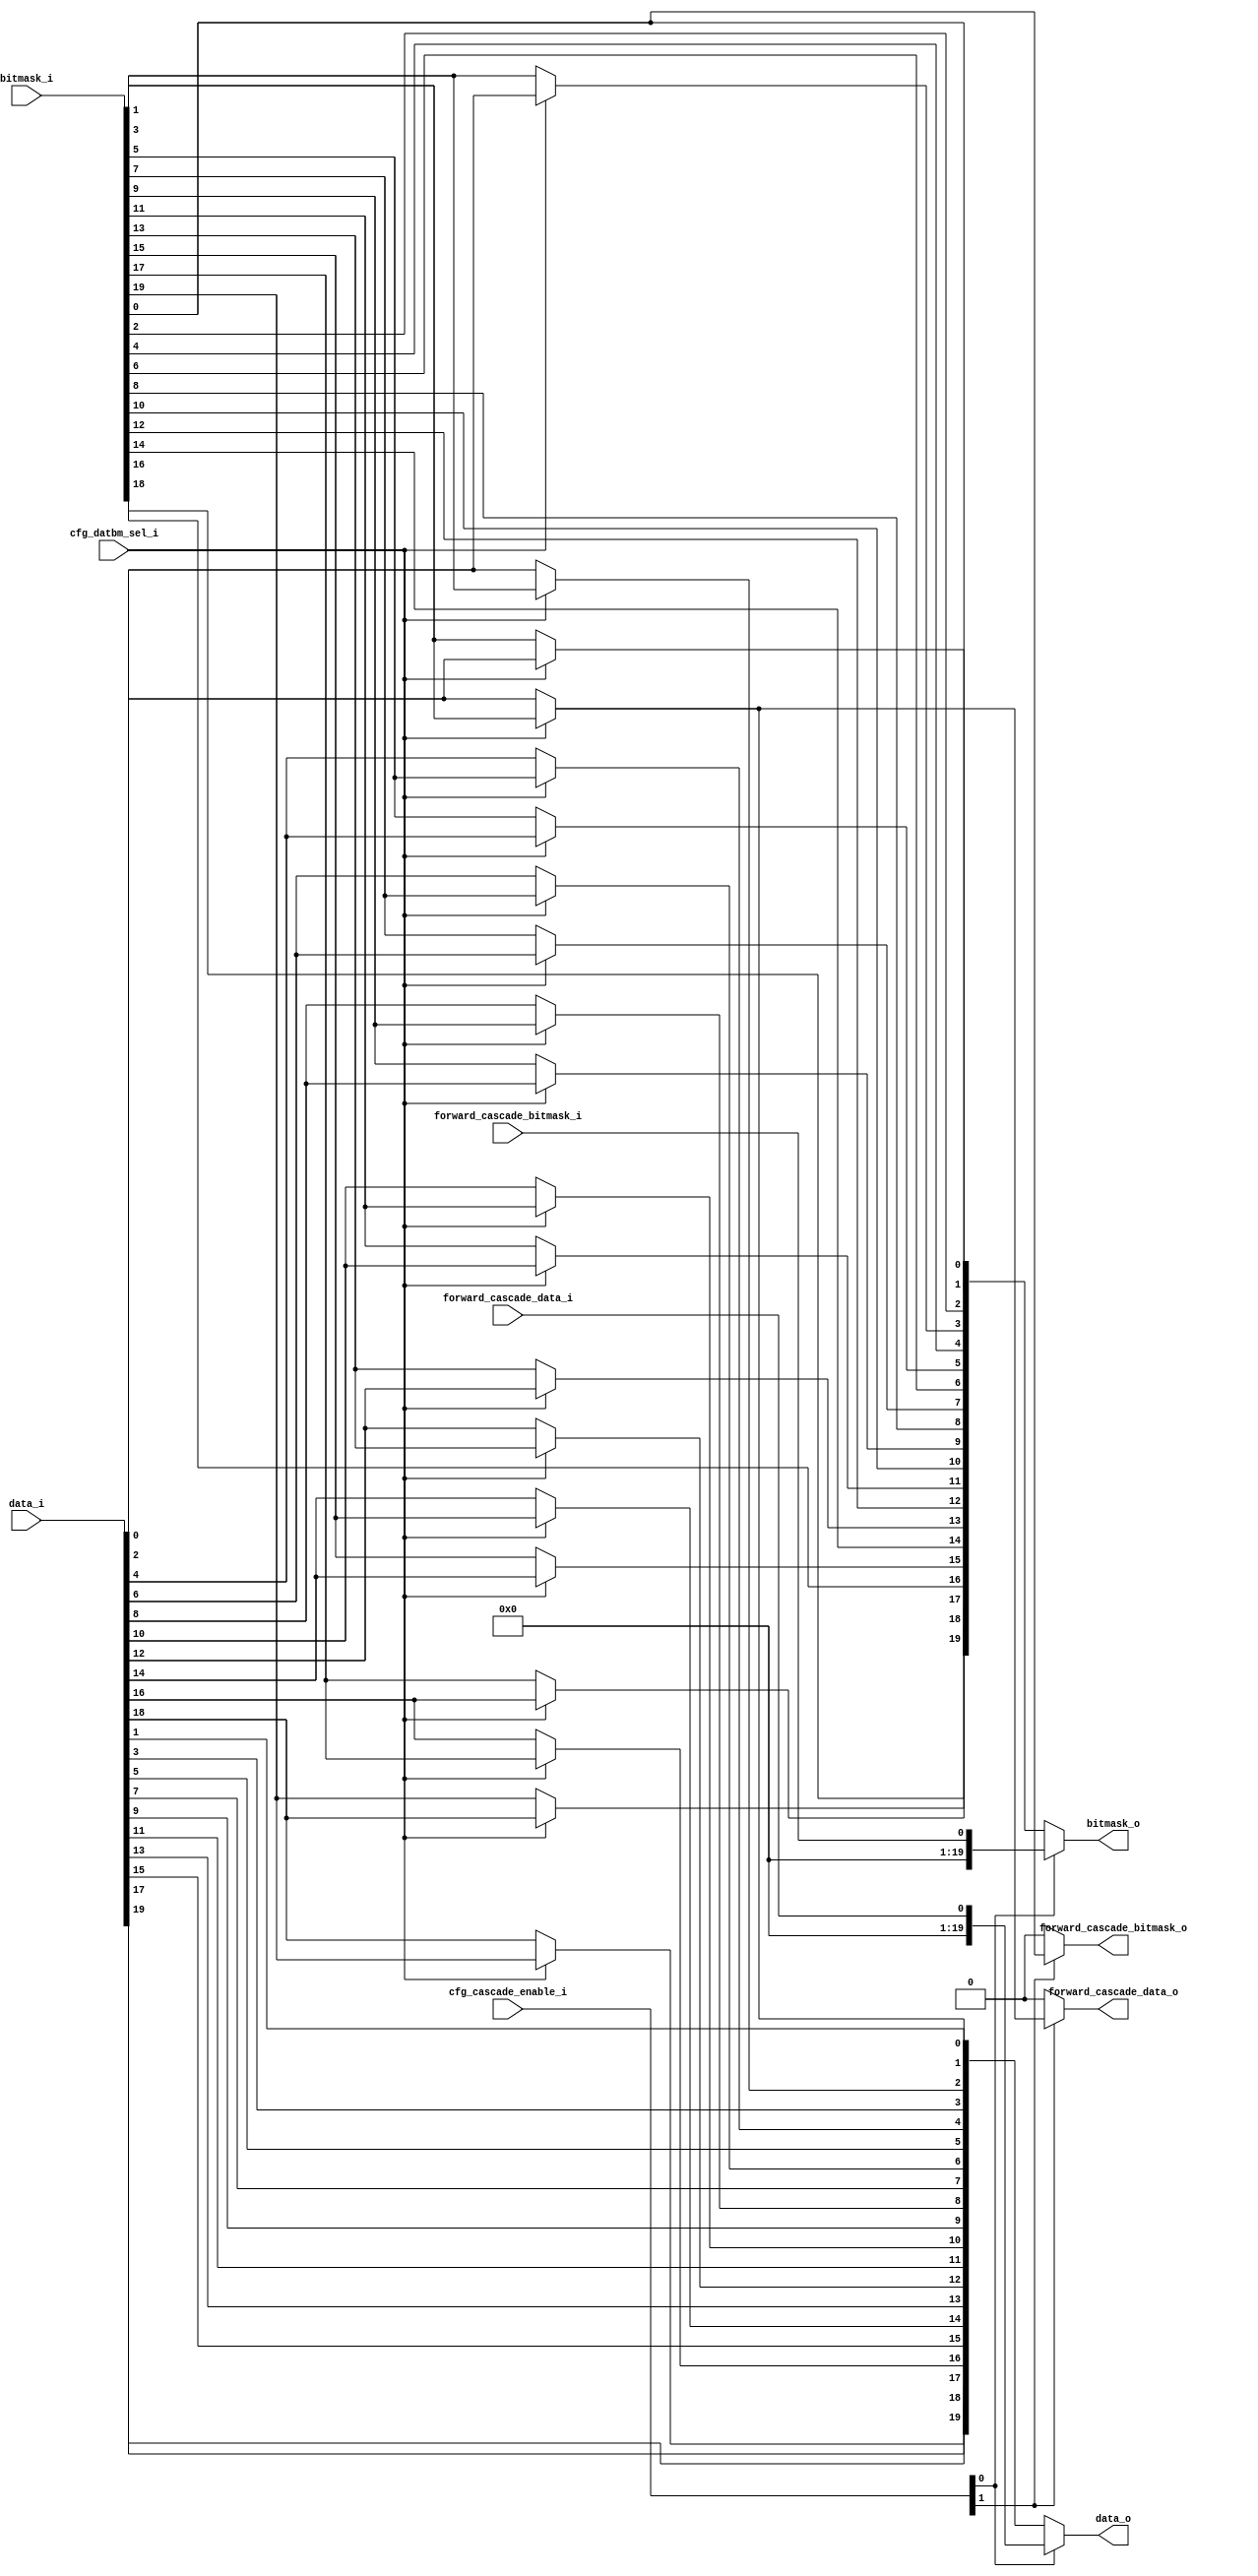
// This program was cloned from: https://github.com/colognechip/gatemate_ila
// License: GNU General Public License v3.0

// Company           :   racyics
//
// Project Name      :   p_cc
// Subproject Name   :   s_fpga, dpsram_block_4x512x20
// Description       :   <short description>
//
// Create Date       :   
// Last Change       :   $Date: 2015-03-11 10:16:31 +0100 (Wed, 11 Mar 2015) $
// by                :   $Author: winter $
//------------------------------------------------------------

module forward_selection_datbm
  (input  wire        cfg_datbm_sel_i,
   input  wire [1:0]  cfg_cascade_enable_i,
   
   input  wire [19:0] data_i,
   input  wire [19:0] bitmask_i,
   
   output wire [19:0] data_o,
   output wire [19:0] bitmask_o,

   input  wire        forward_cascade_data_i,
   output wire        forward_cascade_data_o, 
   input  wire        forward_cascade_bitmask_i,
   output wire        forward_cascade_bitmask_o    
   );

   wire [19:0]        data;
   wire [19:0]        bitmask;
   genvar             geni;
   generate
      for(geni=0;geni<10;geni=geni+1) begin: datbm_flip
         assign bitmask[2*geni+0] = (cfg_datbm_sel_i==1'b1) ? bitmask_i[2*geni+0] : bitmask_i[2*geni+0];
         assign bitmask[2*geni+1] = (cfg_datbm_sel_i==1'b1) ? data_i[2*geni+0]    : bitmask_i[2*geni+1];
         assign data[2*geni+0]    = (cfg_datbm_sel_i==1'b1) ? bitmask_i[2*geni+1] : data_i[2*geni+0];
         assign data[2*geni+1]    = (cfg_datbm_sel_i==1'b1) ? data_i[2*geni+1]    : data_i[2*geni+1];
      end
   endgenerate

   assign bitmask_o = (cfg_cascade_enable_i[0]==1'b1) ? {19'd0,forward_cascade_bitmask_i} : // lower part of cascaded memory
                      bitmask; // upper pat of cascaded memory or no cascade
   assign data_o    = (cfg_cascade_enable_i[0]==1'b1) ? {19'd0,forward_cascade_data_i} : // lower part of cascaded memory
                      data; // upper pat of cascaded memory or no cascade
   assign forward_cascade_data_o    = (cfg_cascade_enable_i[1]==1'b1) ? data[0]    : 1'b0;
   assign forward_cascade_bitmask_o = (cfg_cascade_enable_i[1]==1'b1) ? bitmask[0] : 1'b0;
   
endmodule // forward_selection_datbm